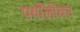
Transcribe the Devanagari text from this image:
पर्यांलोचन